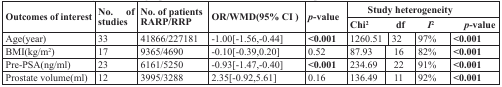
| <ROWSPAN=2> Outcomes of interest | <ROWSPAN=2> No. of studies | <ROWSPAN=2> No. of patientsRARP/RRP | <ROWSPAN=2> OR/WMD(95% CI ) | <ROWSPAN=2> p-value | <COLSPAN=4> Study heterogeneity |
 | Chi2 | df | I2 | p-value |
 | --- | --- | --- | --- | --- | --- | --- | --- | --- |
 | Age(year) | 33 | 41866/227181 | -1.00[-1.56,-0.44] | <0.001 | 1260.51 | 32 | 97% | <0.001 |
 | BMI(kg/m2) | 17 | 9365/4690 | -0.10[-0.39,0.20] | 0.52 | 87.93 | 16 | 82% | <0.001 |
 | Pre-PSA(ng/ml) | 23 | 6161/5250 | -0.93[-1.47,-0.40] | <0.001 | 234.69 | 22 | 91% | <0.001 |
 | Prostate volume(ml) | 12 | 3995/3288 | 2.35[-0.92,5.61] | 0.16 | 136.49 | 11 | 92% | <0.001 |